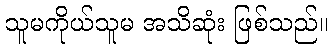
သူမကိုယ်သူမ အသိဆုံး ဖြစ်သည်။